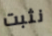
نثبت